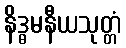
နိဒ္ဓမနီယသုတ္တံ